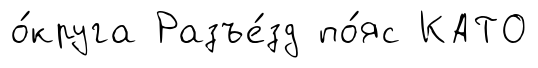
о́круга Разъе́зд по́яс КАТО